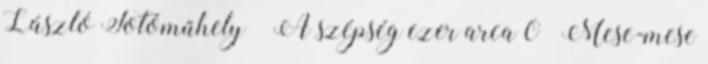
László Fotóműhely – A szépség ezer arca 0 “Mese-mese